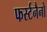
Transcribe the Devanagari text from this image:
फर्स्टनैनो